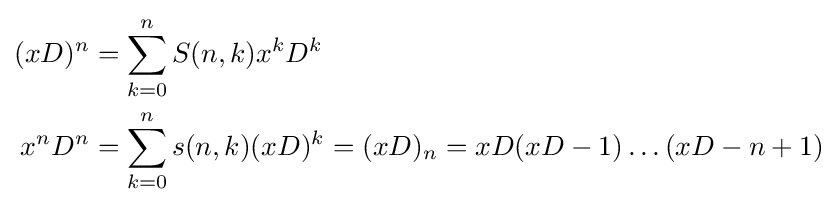
{\begin{aligned}(xD)^{n}&=\sum _{k=0}^{n}S(n,k)x^{k}D^{k}\\x^{n}D^{n}&=\sum _{k=0}^{n}s(n,k)(xD)^{k}=(xD)_{n}=xD(xD-1)\ldots (xD-n+1)\end{aligned}}